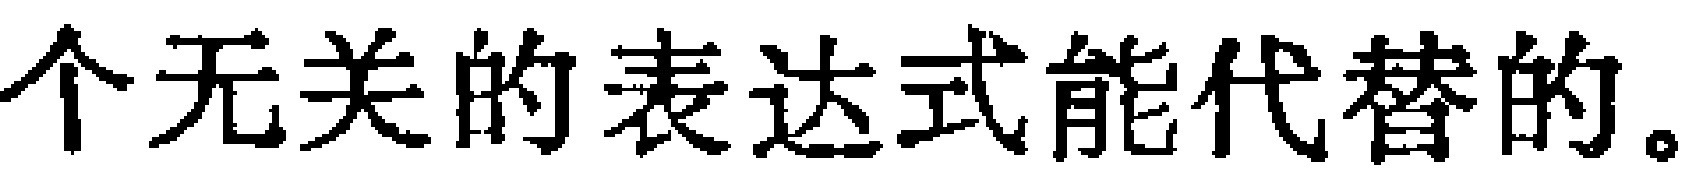
个无关的表达式能代替的。